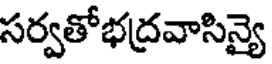
సర్వతోభద్రవాసిన్యై